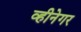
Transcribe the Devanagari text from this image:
व्हीनेगर